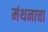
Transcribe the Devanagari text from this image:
मंथनाचा